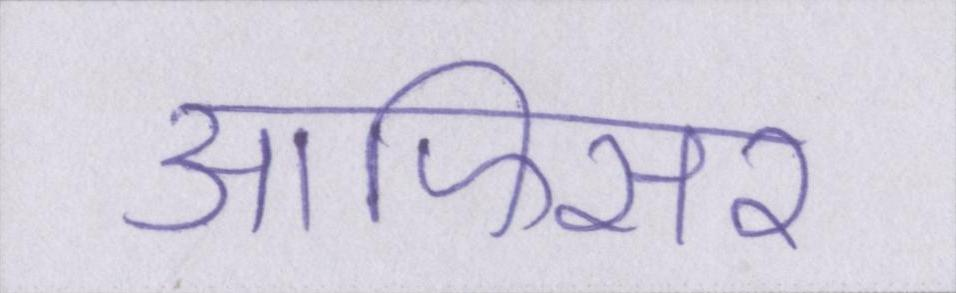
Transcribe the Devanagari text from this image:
आफिसर